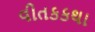
વીતકકથા